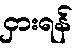
ငှားရန်